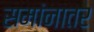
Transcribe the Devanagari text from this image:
समांनातर